Annual statistical returns and brief notes on vaccination in Bengal - 1887-1898
Year: 1887
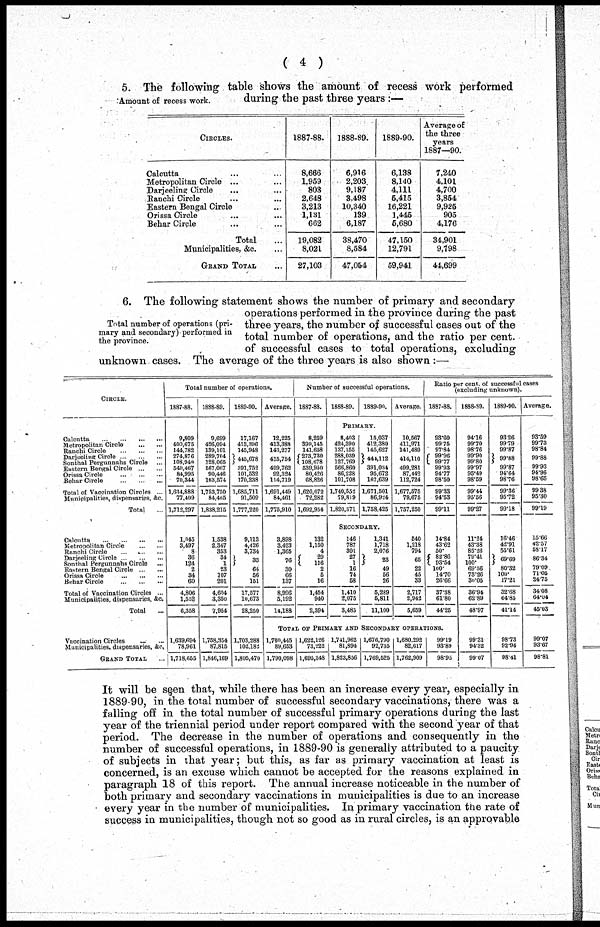
( 4 )
Amount of recess work.
5. The following table shows the amount of recess work performed
during the past three years :—
CIRCLES.
Calcutta ... ...
Metropolitan Circle ... ...
Darjeeling Circle ... ...
Ranchi Circle ... ...
Eastern Bengal Circle ...
Orissa Circle ... ...
Behar Circle ... ...
Total ...
Municipalities, &c. ...
GRAND TOTAL ...
1887-88.
8,666
1,959
803
2,648
3,213
1,181
662
19,082
8,021
27,103
1888-89.
6,916
2,203
9,187
3,498
10,340
139
6,187
38,470
8,584
47,054
1889-90.
6,138
8,140
4,111
5,415
16,221
1,445
5,680
47,150
12,791
59,941
Average of
the three
years
1887—90.
7,240
4,101
4,700
3,854
9,925
905
4,176
34,901
9,798
44,699
Total number of operations (pri-
mary and secondary) performed in
the province.
6. The following statement shows the number of primary and secondary
operations performed in the province during the past
three years, the number of successful cases out of the
total number of operations, and the ratio per cent.
of successful cases to total operations, excluding
unknown cases. The average of the three years is also shown :—
CIRCLE.
Calcutta
...
...
...
...
Metropolitan Circle ... ...
Ranchi Circle
...
...
...
Darjeeling Circle
...
...
...
Sonthal Pergunnahs Circle
...
Eastern Bengal Circle
...
...
Orissa Circle
...
...
...
Behar Circle
...
...
...
Total of Vaccination Circles ...
Municipalities, dispensaries, &c.
Total ...
Calcutta
...
...
...
...
Metropolitan Circle
...
...
Ranchi Circle ... ... ...
Darjeeling Circle ... ... ...
Sonthal Pergunnahs Circle ...
Eastern Bengal Circle
...
...
Orissa Circle
...
...
...
Behar Circle
...
...
...
Total of Vaccination Circles ...
Municipalities, dispensaries, &c.
Total ...
Vaccination Circles
...
...
Municipalities, dispensaries, &c,
GRAND TOTAL ...
Total number of operations.
1887-88.
9,809
400,675
144,782
274,876
108,940
540,467
84,995
70,344
1,634,888
77,409
1,712,297
1,045
3,497
8
36
124
2
34
60
4,806
1,552
6,358
1,639,694
78,961
1,718,655
1888-89.
9,699
426,094
139,101
289,704
128,065
567,067
90,446
103,574
1,753,750
84,465
1,838,215
1,538
2,347
353
34
1
23
107
201
4,604
3,350
7,964
1,758,354
87,815
1,846,169
1889-90.
17,167
413,396
145,948
445,678
391,752
101,532
170,238
1,685,711
91,509
1,777,220
9,113
4,426
3,734
33
64
56
161
17,577
10,673
28,250
1,703,288
102,182
1,805,470
Average.
12,225
413,388
143,277
415,764
499,762
92,324
114,719
1,691,449
84,461
1,776,910
3,898
3,423
1,365
76
30
66
137
8,996
5,192
14,188
Number of successful operations.
1887-88.
8,259
399,145
141,658
273,730
108,678
539,950
80,426
68,826
1,620,672
72,282
1,692,954
132
1,150
4
29
116
2
5
16
1,454
940
2,394
1888-89.
1889-90.
PRIMARY.
8,403
424,390
137,155
288,039
127,769
566,860
86,228
101,708
1,740,552
79,819
1,820,371
15,037
412,380
145,627
444,112
391,034
95,672
167,639
1,671,501
86,924
1,758,425
SECONDARY.
146
787
301
27
1
16
74
58
1,410
2,075
3,485
1,341
1,718
2,076
23
49
56
26
5,289
5,811
11,100
Average.
10,567
411,971
141,480
414,110
499,281
87,442
112,724
1,677,575
79,675
1,757,250
540
1,218
794
65
22
45
33
2,717
2,942
5,659
Ratio per cent. of successful cases
(excluding unknown).
1887-88.
93.60
99.75
97.84
99.96
99.77
99.93
94.77
98.50
99.33
94.53
99.11
14.84
43.62
50.
82.86
93.54
100.
14.70
26.66
37.38
61.80
44.25
TOTAL OF PRIMARY AND SECONDARY OPERATIONS.
1,700,445
89,653
1,790,098
1,622,126
73,222
1,695,348
1,741,962
81,894
1,823,856
1,676,790
92,735
1,769,525
1,680,292
82,617
1,762,909
99.19
93.89
98.95
1888-89.
94.16
99.70
98.76
99.90
99.80
99.97
95.49
98.59
99.44
95.56
99.27
11.24
43.38
85.26
79.41
100.
69.56
73.26
30.05
36.94
62.89
48.97
99.31
94.32
99.07
1889-90.
93.26
99.79
99.87
99.88
99.87
94.64
98.76
99.36
95.72
99.18
16.46
42.91
55.61
69.69
80.32
100.
17.21
32.68
6485
41.14
98.73
92.94
98.41
Average.
93.59
99.73
98.84
99.88
99.93
94.96
98.65
99.38
95.30
99.19
15.66
42.57
58.17
86.34
79.09
71.05
24.75
34.08
64.04
45.03
99.07
93.67
98.81
It will be seen that, while there has been an increase every year, especially in
1889-90, in the total number of successful secondary vaccinations, there was a
falling off in the total number of successful primary operations during the last
year of the triennial period under report compared with the second year of that
period. The decrease in the number of operations and consequently in the
number of successful operations, in 1889-90 is generally attributed to a paucity
of subjects in that year; but this, as far as primary vaccination at least is
concerned, is an excuse which cannot be accepted for the reasons explained in
paragraph 18 of this report. The annual increase noticeable in the number of
both primary and secondary vaccinations in municipalities is due to an increase
every year in the number of municipalities. In primary vaccination the rate of
success in municipalities, though not so good as in rural circles, is an approvable